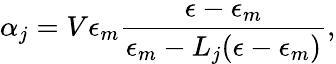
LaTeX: \alpha_{j}=V\epsilon_{m}\frac{\epsilon-\epsilon_{m}}{\epsilon_{m}-L_{j}(\epsilon-\epsilon_{m})},